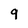
Character: 9